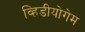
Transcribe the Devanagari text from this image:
व्हिडीयोगेम